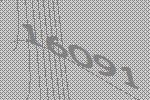
16091